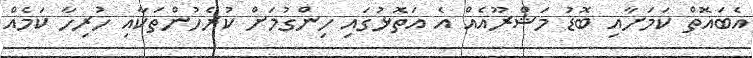
އެބައޮތް ކަމަށާއި ބޮޑު މަޝްރޫއެއް އެ އަތޮޅުގައި ހިންގުމަށް ކުރެހުންތަކާއި ހުރިހާ ކަމެއް